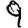
Digit: 9